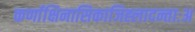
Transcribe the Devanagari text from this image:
कर्णाक्षिनासिकाजिह्लादन्ताःअ